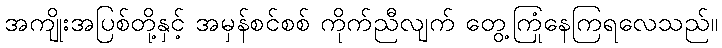
အကျိုးအပြစ်တို့နှင့် အမှန်စင်စစ် ကိုက်ညီလျက် တွေ့ကြုံနေကြရလေသည်။